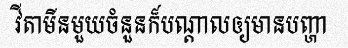
វីតាមីនមួយចំនួនក៏បណ្តាលឲ្យមានបញ្ហា